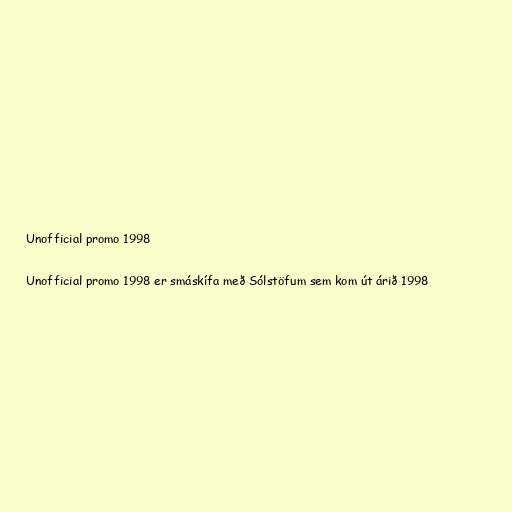
Unofficial promo 1998

Unofficial promo 1998 er smáskífa með Sólstöfum sem kom út árið 1998